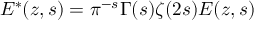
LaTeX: E ^ { * } ( z , s ) = \pi ^ { - s } \Gamma ( s ) \zeta ( 2 s ) E ( z , s )